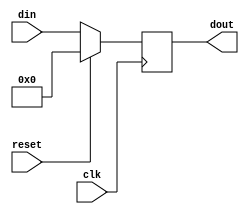
`timescale 1ns / 1ps
//////////////////////////////////////////////////////////////////////////////////
// Company: 
// Engineer: 
// 
// Design Name: 
// Module Name: pipo
// Project Name: 
// Target Devices: 
// Tool Versions: 
// Description: 
// 
// Dependencies: 
// 
// Revision:
// Revision 0.01 - File Created
// Additional Comments:
// 
//////////////////////////////////////////////////////////////////////////////////


module pipo(din,clk,reset,dout);
output [3:0] dout;
reg [3:0] dout;
input [3:0] din;
input clk,reset;

always@(posedge clk)
begin if (reset)
dout<=0;
else
dout<=din;
end
endmodule